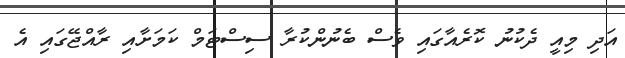
އަދި މިއީ ދެކުނު ކޮރެއާގައި ވެސް ބެނުންކުރާ ސިސްޓަމް ކަމަށާއި ރާއްޖޭގައި އެ